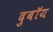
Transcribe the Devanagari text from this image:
दुबॉय